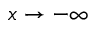
x \rightarrow - \infty